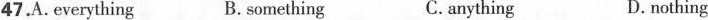
47.A. Everything B.something C.anything D.nothing